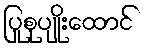
ပြုစုပျိုးထောင်